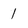
Character: 1